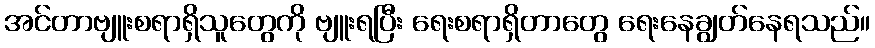
အင်တာဗျူးစရာရှိသူတွေကို ဗျူးရပြီး ရေးစရာရှိတာတွေ ရေးနေချွတ်နေရသည်။